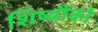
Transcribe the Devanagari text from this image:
शिष्यौंको